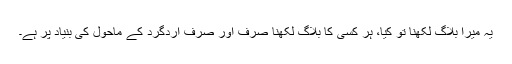
یہ میرا بلاگ لکھنا تو کیا، ہر کسی کا بلاگ لکھنا صرف اور صرف اردگرد کے ماحول کی بنیاد پر ہے۔